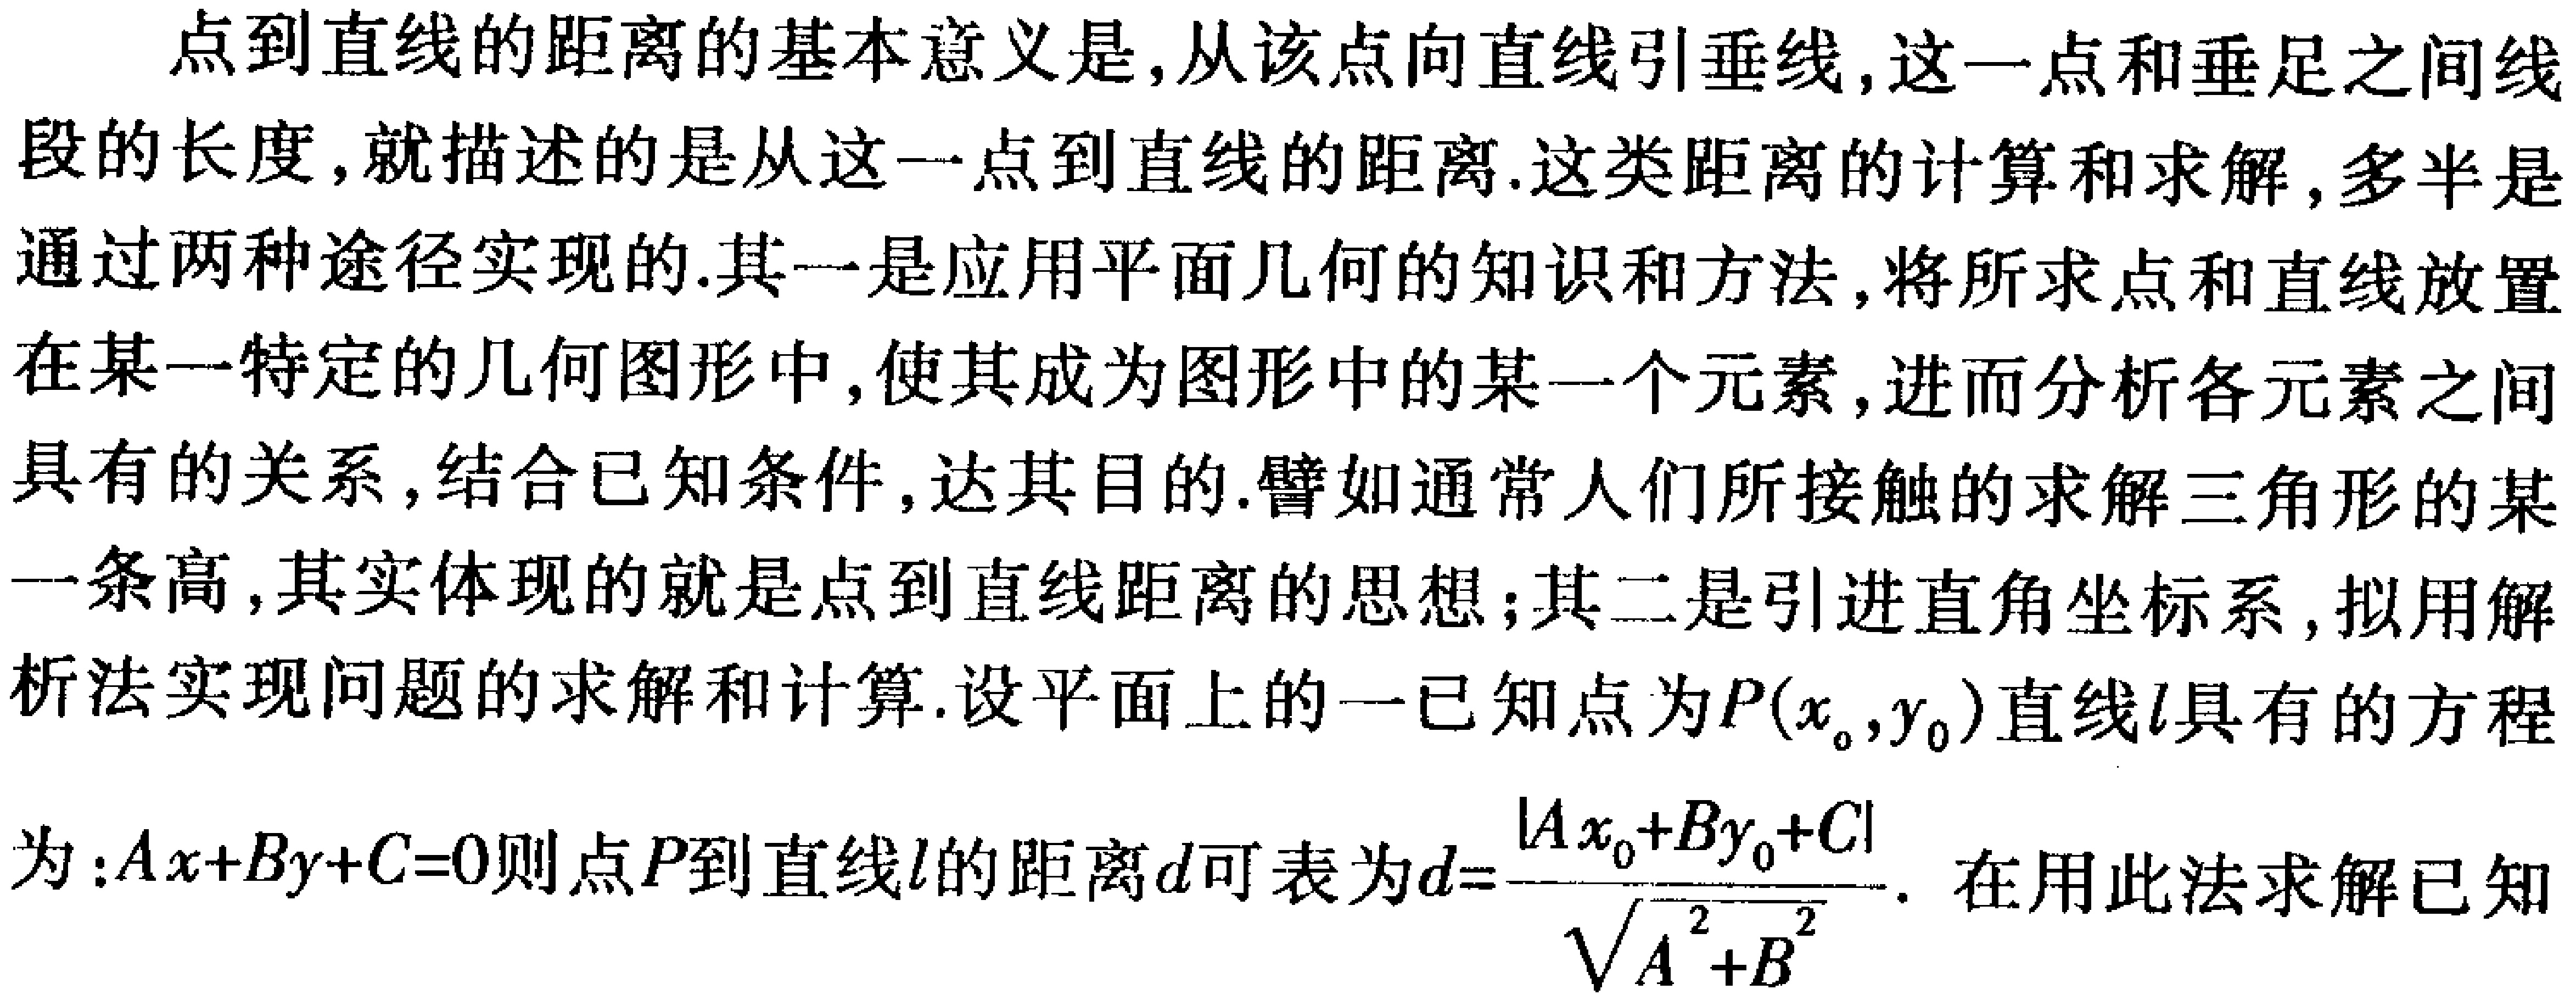
点到直线的距离的基本意义是,从该点向直线引垂线,这一点和垂足之间线段的长度,就描述的是从这一点到直线的距离.这类距离的计算和求解,多半是通过两种途径实现的.其一是应用平面几何的知识和方法,将所求点和直线放置在某一特定的几何图形中,使其成为图形中的某一个元素,进而分析各元素之间具有的关系,结合已知条件,达其目的.譬如通常人们所接触的求解三角形的某一条高,其实体现的就是点到直线距离的思想;其二是引进直角坐标系,拟用解析法实现问题的求解和计算.设平面上的一已知点为\(P(x_{0},y_{0})\)直线\(l\)具有的方程为:\(Ax + By + C = 0\)则点\(P\)到直线\(l\)的距离\(d\)可表为\(d = \frac{\vert Ax_{0}+By_{0}+C\vert}{\sqrt{A^{2}+B^{2}}}\).